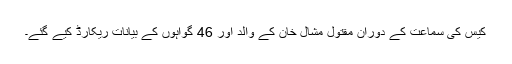
کیس کی سماعت کے دوران مقتول مشال خان کے والد اور 46 گواہوں کے بیانات ریکارڈ کیے گئے۔